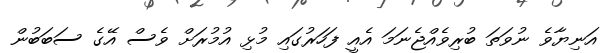
އަނިޔާވެ ނުވަތަ ބުރިވެއްޖެނަމަ އެއީ ފަހަރުގައި މުޅި އުމުރަށް ވެސް އޭގެ ސަބަބުން